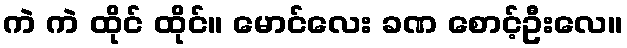
ကဲ ကဲ ထိုင် ထိုင်။ မောင်လေး ခဏ စောင့်ဦးလေ။